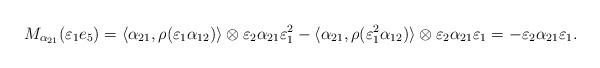
LaTeX: \begin{align*}M_{\alpha_{21}}(\varepsilon_1e_5) = \langle \alpha_{21}, \rho(\varepsilon_1\alpha_{12})\rangle\otimes \varepsilon_2\alpha_{21}\varepsilon_1^2-\langle \alpha_{21}, \rho(\varepsilon_1^2\alpha_{12})\rangle\otimes \varepsilon_2\alpha_{21}\varepsilon_1 = -\varepsilon_2\alpha_{21}\varepsilon_1.\end{align*}